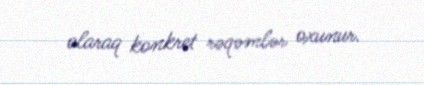
olaraq konkret rəqəmlər oxunur.